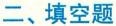
二、填空题